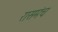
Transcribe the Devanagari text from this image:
रासमंच